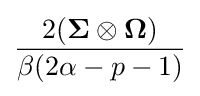
{\frac {2({\boldsymbol {\Sigma }}\otimes {\boldsymbol {\Omega }})}{\beta (2\alpha -p-1)}}